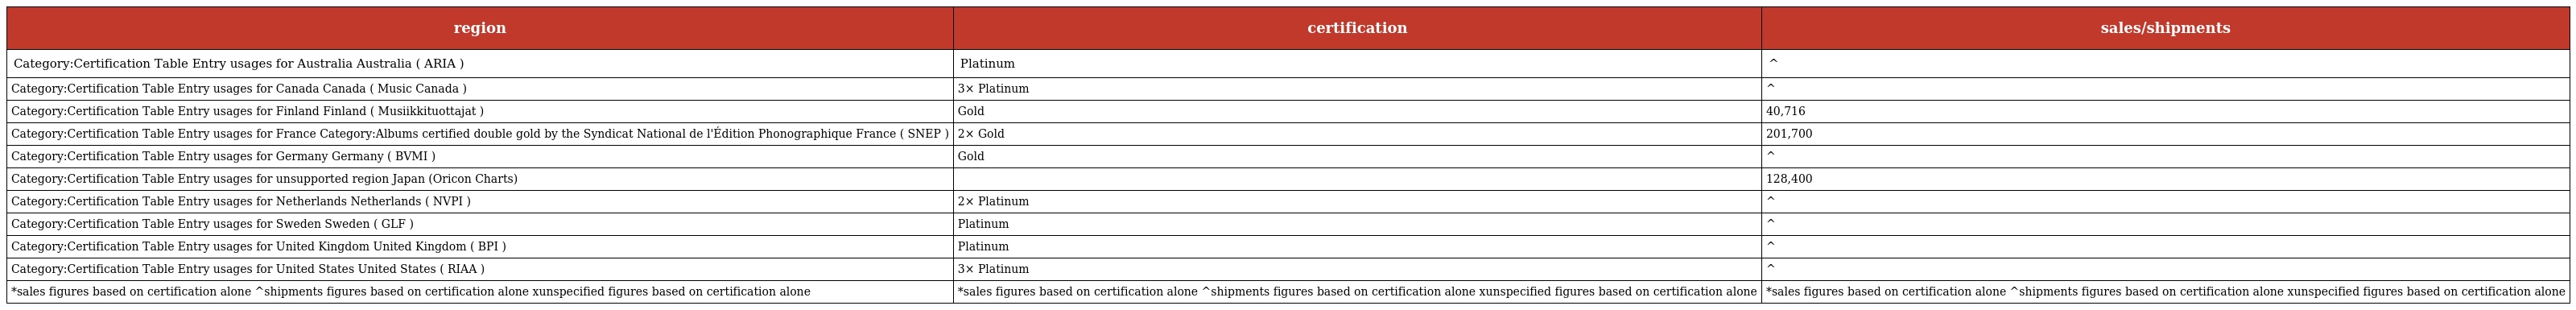
| region | certification | sales/shipments |
 | --- | --- | --- |
 | Category:Certification Table Entry usages for Australia Australia ( ARIA ) | Platinum | ^ |
 | Category:Certification Table Entry usages for Canada Canada ( Music Canada ) | 3× Platinum | ^ |
 | Category:Certification Table Entry usages for Finland Finland ( Musiikkituottajat ) | Gold | 40,716 |
 | Category:Certification Table Entry usages for France Category:Albums certified double gold by the Syndicat National de l'Édition Phonographique France ( SNEP ) | 2× Gold | 201,700 |
 | Category:Certification Table Entry usages for Germany Germany ( BVMI ) | Gold | ^ |
 | Category:Certification Table Entry usages for unsupported region Japan (Oricon Charts) |  | 128,400 |
 | Category:Certification Table Entry usages for Netherlands Netherlands ( NVPI ) | 2× Platinum | ^ |
 | Category:Certification Table Entry usages for Sweden Sweden ( GLF ) | Platinum | ^ |
 | Category:Certification Table Entry usages for United Kingdom United Kingdom ( BPI ) | Platinum | ^ |
 | Category:Certification Table Entry usages for United States United States ( RIAA ) | 3× Platinum | ^ |
 | *sales figures based on certification alone ^shipments figures based on certification alone xunspecified figures based on certification alone | *sales figures based on certification alone ^shipments figures based on certification alone xunspecified figures based on certification alone | *sales figures based on certification alone ^shipments figures based on certification alone xunspecified figures based on certification alone |